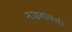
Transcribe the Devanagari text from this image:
माइलोपेथी